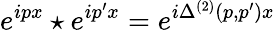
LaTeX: e^{ipx}\star e^{ip^{\prime}x}=e^{i\Delta^{(2)}(p,p^{\prime}){x}}